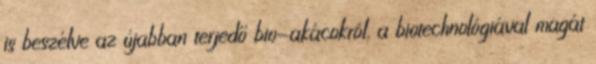
is beszélve az újabban terjedő bio-akácokról, a biotechnológiával magát